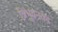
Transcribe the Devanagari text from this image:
त्रिभुवनका